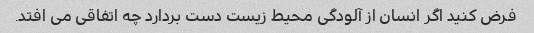
فرض کنید اگر انسان از آلودگی محیط زیست دست بردارد چه اتفاقی می افتد.